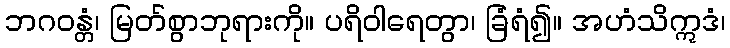
ဘဂဝန္တံ၊ မြတ်စွာဘုရားကို။ ပရိဝါရေတွာ၊ ခြံရံ၍။ အဟံသိဣဒံ၊